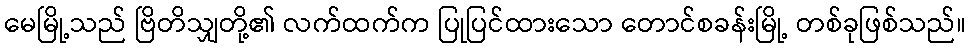
မေမြို့သည် ဗြိတိသျှတို့၏ လက်ထက်က ပြုပြင်ထားသော တောင်စခန်းမြို့ တစ်ခုဖြစ်သည်။